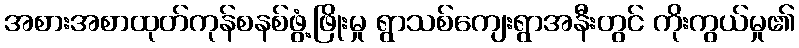
အစားအစာထုတ်ကုန်စနစ်ဖွံ့ဖြိုးမှု ရွာသစ်ကျေးရွာအနီးတွင် ကိုးကွယ်မှု၏